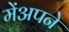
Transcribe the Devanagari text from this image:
मेंअपने